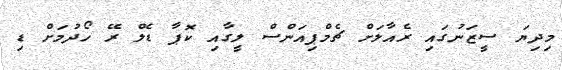
މިދިޔަ ސީޒަނުގައި ރެއާލަށް ޗެމްޕިއަންސް ލީގާއި ކޮޕާ ޑެލް ރޭ ހޯދުމަށް ޑި